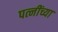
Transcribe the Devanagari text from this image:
पत्नींच्या